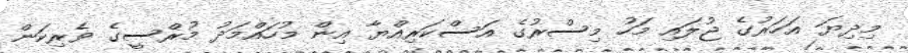
މިދިޔަ އަހަރުގެ ޖުލައި މަހު މިސްރުގެ އަސްކަރިއްޔާ އިން މުހައްމަދު މުރްސީގެ ވެރިކަން